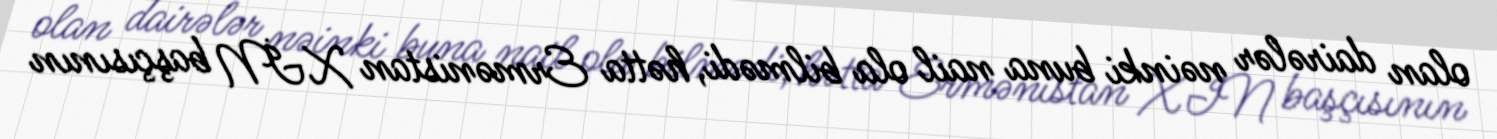
olan dairələr nəinki buna nail ola bilmədi, hətta Ermənistan XİN başçısının